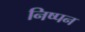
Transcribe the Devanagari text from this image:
निष्पन